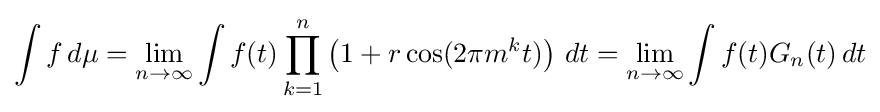
\int f\,d\mu =\lim _{n\to \infty }\int f(t)\prod _{k=1}^{n}\left(1+r\cos(2\pi m^{k}t)\right)\,dt=\lim _{n\to \infty }\int f(t)G_{n}(t)\,dt